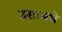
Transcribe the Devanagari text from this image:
उसामधे